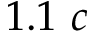
1 . 1 ~ c